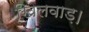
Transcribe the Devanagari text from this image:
खिलवाड़।